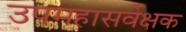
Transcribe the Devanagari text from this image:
उपमहासर्वेक्षक